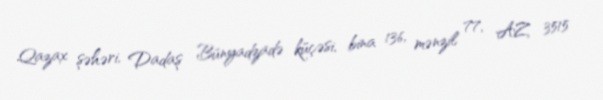
Qazax şəhəri, Dadaş Bünyadzadə küçəsi, bina 136, mənzil 77, AZ 3515